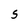
Character: S